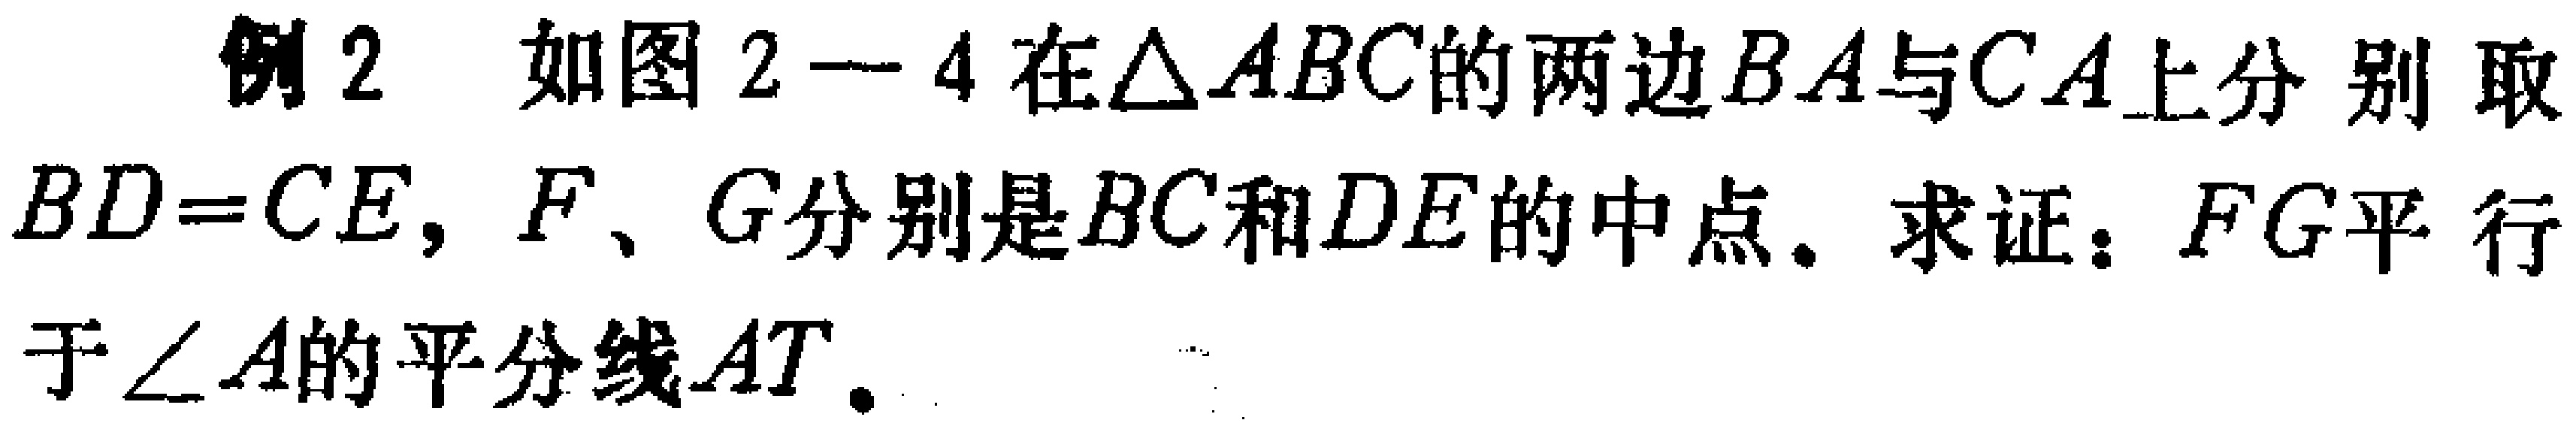
例2 如图2—4在\(\triangle ABC\)的两边\(BA\)与\(CA\)上分别取\(BD = CE\)，\(F\)、\(G\)分别是\(BC\)和\(DE\)的中点。求证：\(FG\)平行于\(\angle A\)的平分线\(AT\)。